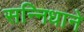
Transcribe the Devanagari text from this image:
सन्निधाने